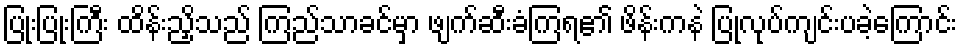
ပြုံးပြုံးကြီး ထိန်းညှိသည် ကြည်သာခင်မှာ ဖျက်ဆီးခံကြရ၏ ဖိန်းကနဲ ပြုလုပ်ကျင်းပခဲ့ကြောင်း